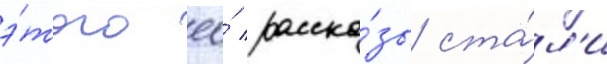
э́того ео́ расска́зы ста́л'и